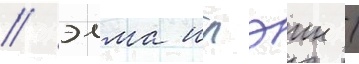
/ элма илэин /